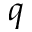
q